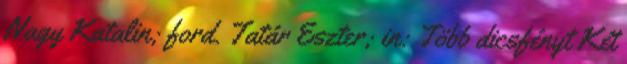
Nagy Katalin; ford. Tatár Eszter; in: Több dicsfényt Két